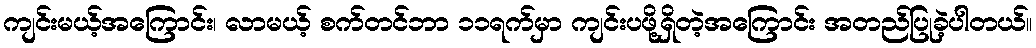
ကျင်းမယ့်အကြောင်း၊ လာမယ့် စက်တင်ဘာ ၁၁ရက်မှာ ကျင်းပဖို့ရှိတဲ့အကြောင်း အတည်ပြုခဲ့ပါတယ်။